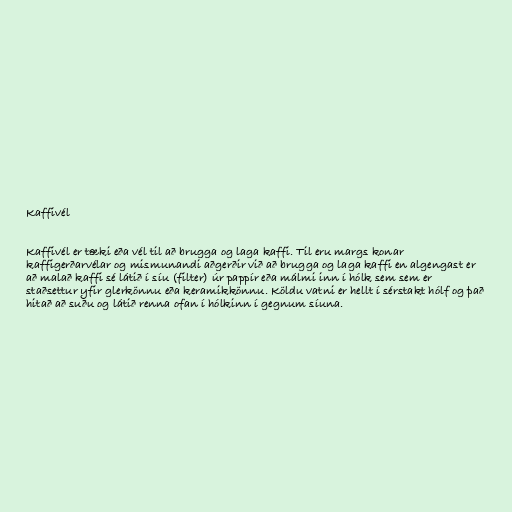
Kaffivél

Kaffivél er tæki eða vél til að brugga og laga kaffi. Til eru margs konar
kaffigerðarvélar og mismunandi aðgerðir við að brugga og laga kaffi en algengast er
að malað kaffi sé látið í síu (filter) úr pappír eða málmi inn í hólk sem sem er
staðsettur yfir glerkönnu eða keramikkönnu. Köldu vatni er hellt í sérstakt hólf og það
hitað að suðu og látið renna ofan í hólkinn í gegnum síuna.